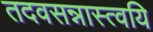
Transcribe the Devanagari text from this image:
तदवसन्नास्त्वयि